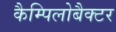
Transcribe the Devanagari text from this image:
कैम्पिलोबैक्टर